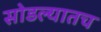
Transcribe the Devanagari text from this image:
सोडल्यातच